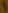
1